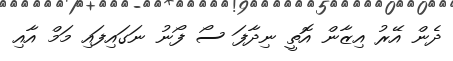
ދެން އޭރު އިޒާން އޮތީ ނިދާފަ ސޯ ފޯނު ނަގައިފައި މަމް އާއި